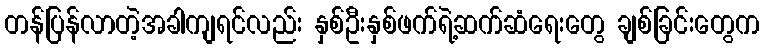
တန်ပြန်လာတဲ့အခါကျရင်လည်း နှစ်ဦးနှစ်ဖက်ရဲ့ဆက်ဆံရေးတွေ ချစ်ခြင်းတွေက